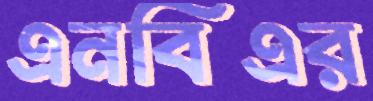
এনবিএর